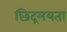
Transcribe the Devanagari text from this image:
छिद्रमयता